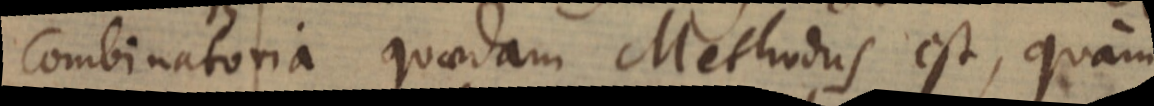
Combinatoria quaedam Methodus est, quam